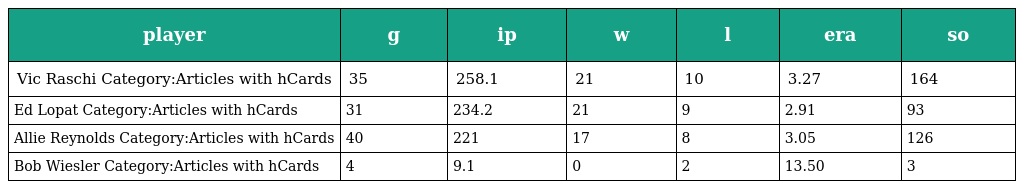
| player | g | ip | w | l | era | so |
 | --- | --- | --- | --- | --- | --- | --- |
 | Vic Raschi Category:Articles with hCards | 35 | 258.1 | 21 | 10 | 3.27 | 164 |
 | Ed Lopat Category:Articles with hCards | 31 | 234.2 | 21 | 9 | 2.91 | 93 |
 | Allie Reynolds Category:Articles with hCards | 40 | 221 | 17 | 8 | 3.05 | 126 |
 | Bob Wiesler Category:Articles with hCards | 4 | 9.1 | 0 | 2 | 13.50 | 3 |